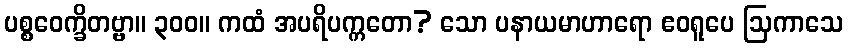
ပစ္စဝေက္ခိတဗ္ဗာ။ ၃၀၀။ ကထံ အပရိပက္ကတော? သော ပနာယမာဟာရော ဧဝရူပေ ဩကာသေ